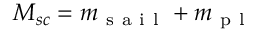
M _ { s c } = m _ { \mathrm { ~ s ~ a ~ i ~ l ~ } } + m _ { \mathrm { ~ p ~ l ~ } }